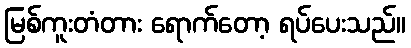
မြစ်ကူးတံတား ရောက်တော့ ရပ်ပေးသည်။